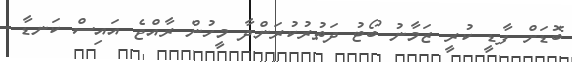
ބޮޑަށް ފާޑީ ކުރީ ޒަމާނު ބޯޓު ދަތުރުކުރަންދާ މީހުން ރާއްޖެ އައިސް ކަނޑާ